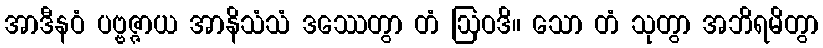
အာဒီနဝံ ပဗ္ဗဇ္ဇာယ အာနိသံသံ ဒဿေတွာ တံ ဩဝဒိ။ သော တံ သုတွာ အဘိရမိတွာ